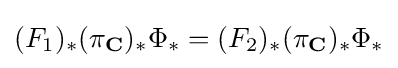
(F_{1})_{*}(\pi _{\mathbf {C} })_{*}\Phi _{*}=(F_{2})_{*}(\pi _{\mathbf {C} })_{*}\Phi _{*}